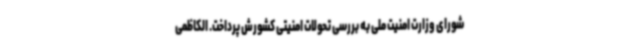
شورای وزارت امنیت ملی به بررسی تحولات امنیتی کشورش پرداخت. الکاظمی